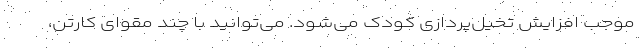
موجب افزایش تخیل‌پردازی کودک می‌شود. می‌توانید با چند مقوای کارتن،